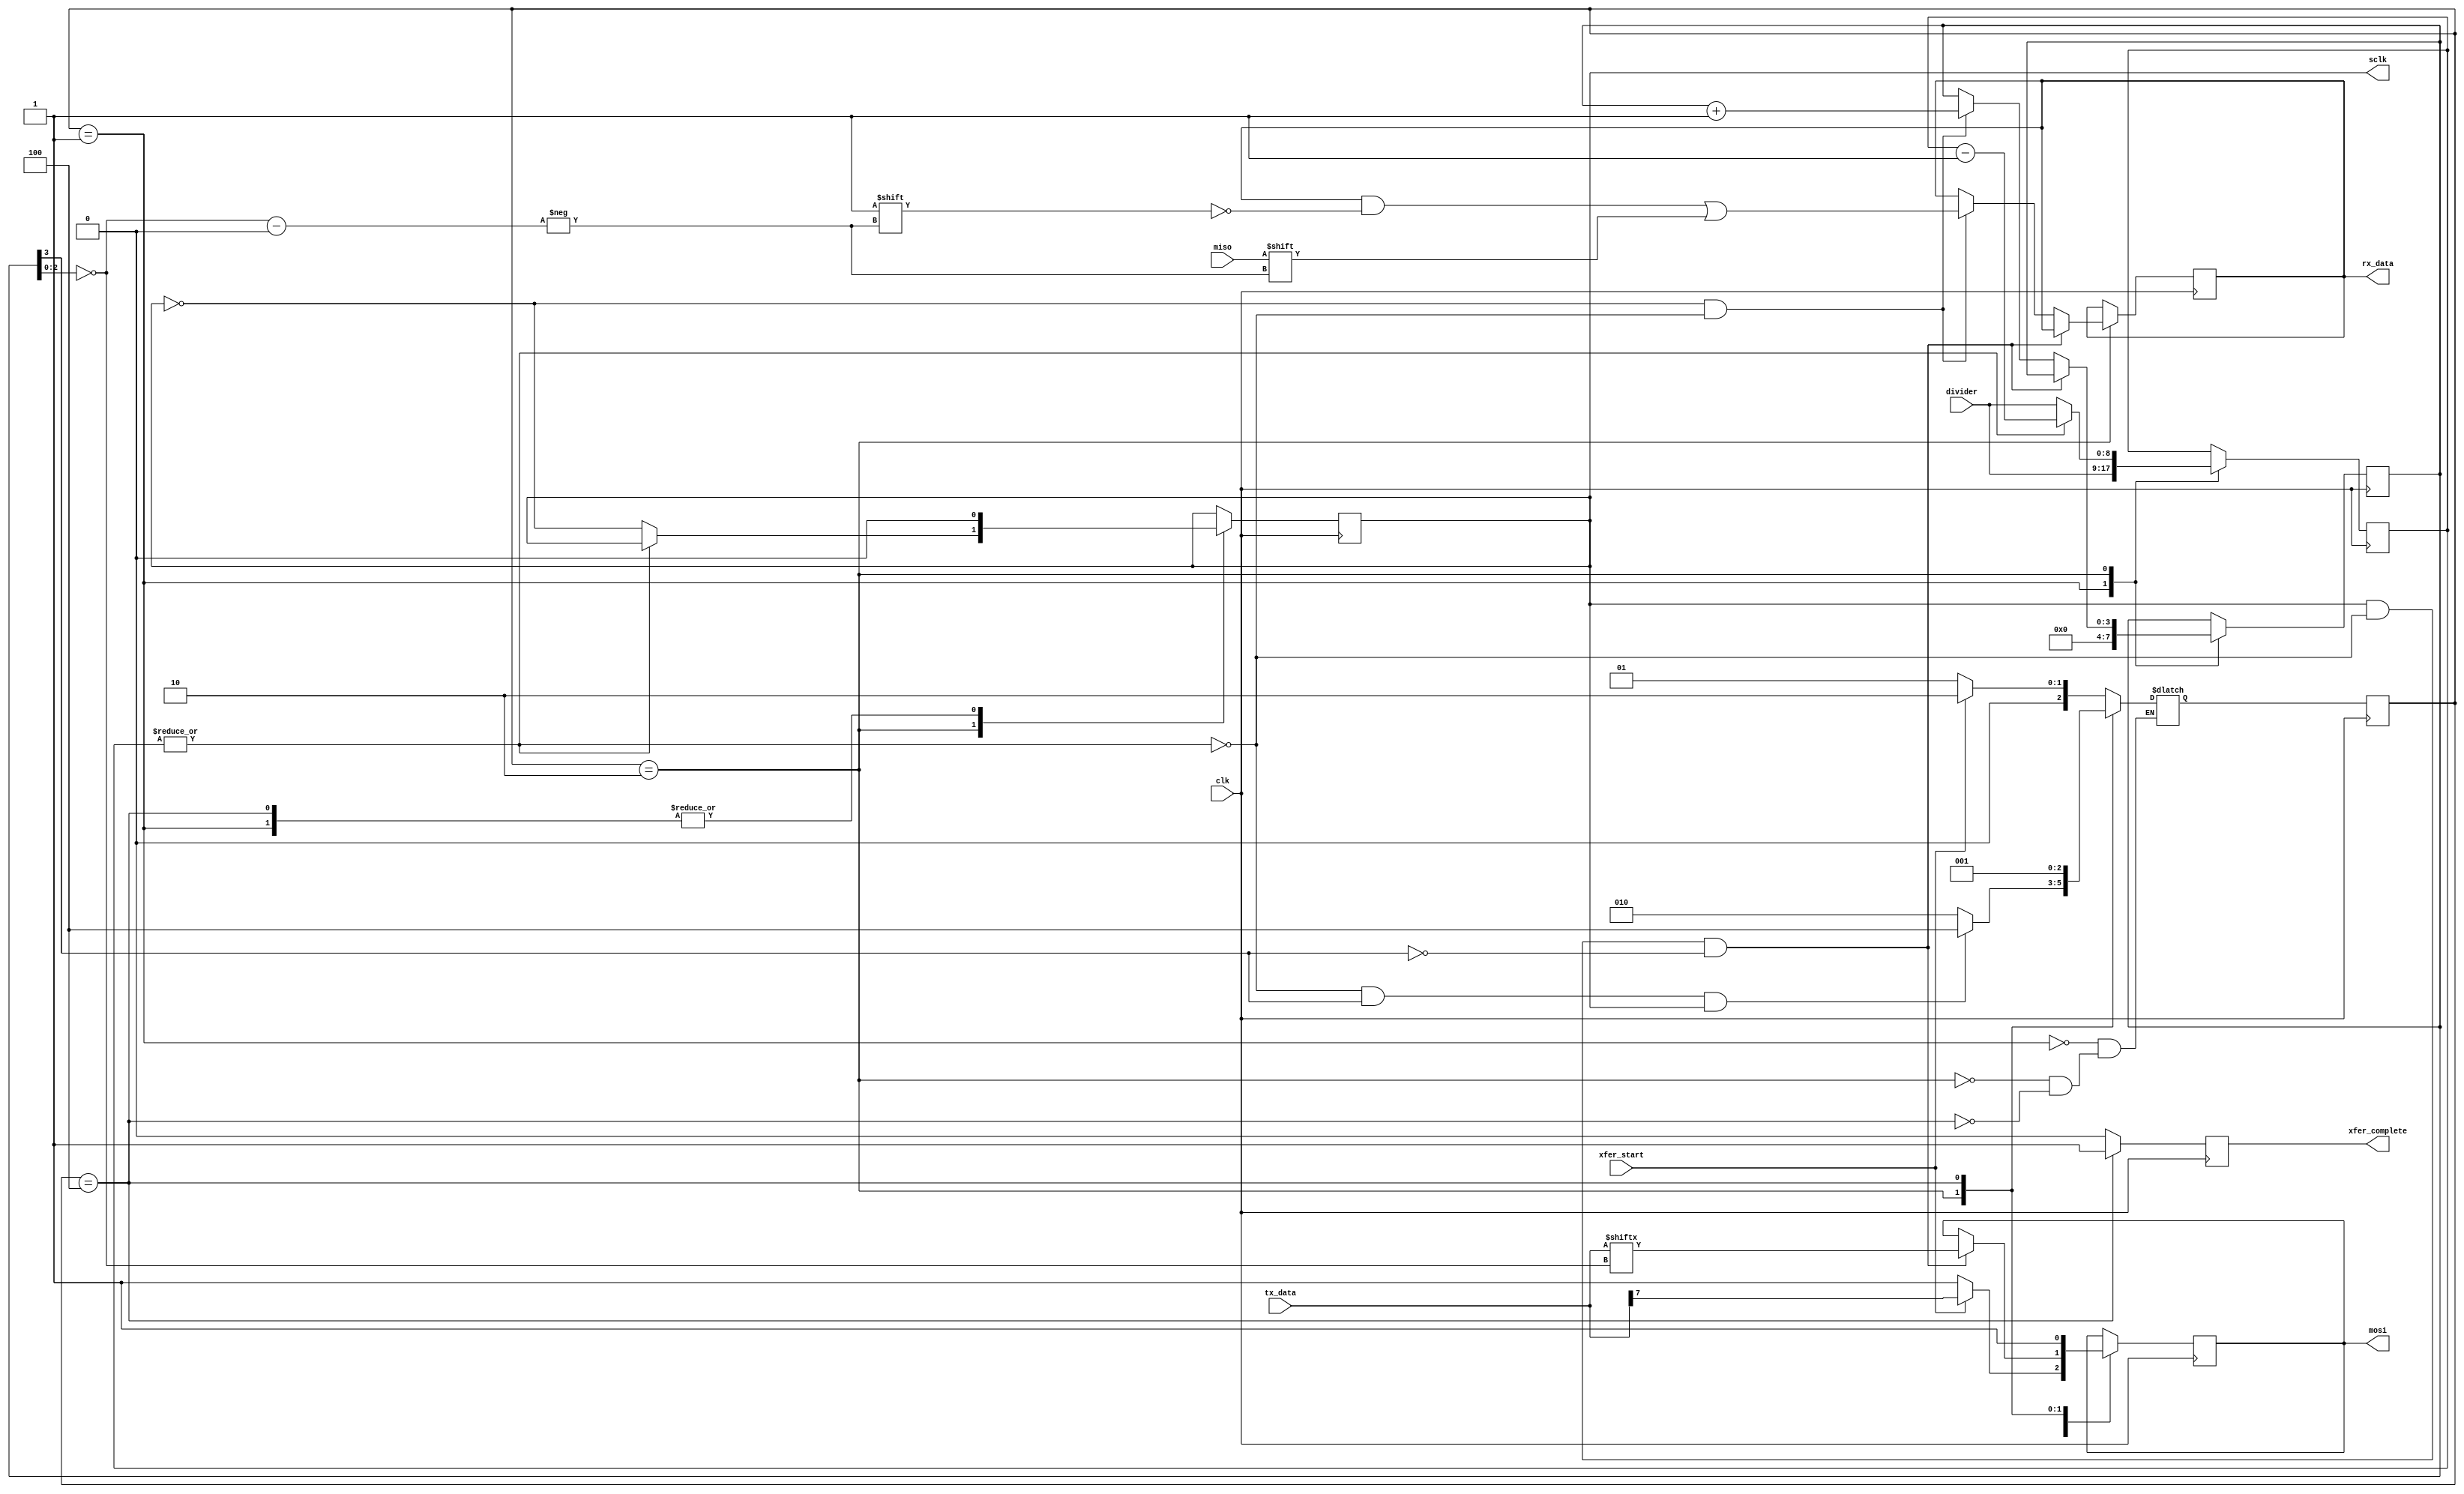
/*
 * Integration:
 *
 *  - spisequencer:
 *    - block ram containing tx bytes + receive buffer, overwrite tx bytes
 *    with receive bytes
 *    - sequencer has a state machine to perform the required number of byte
 *    transfers.
 *
 * - spicontroller:
 *   - integrates spisequencer and provides memory mapped interface.
 *   - outputs chip selects to outside.
 */

/*
 * Simple SPI master.  Chip selects are provided at a higher level, other
 * signals are generated internally.
 *
 * Operates in SPI mode 0.
 *
 * Transfer starts on low->high transition of xfer_start, xfer_complete goes
 * high when a byte transfer has completed.
 *
 * tx_data is transmitted LSB first onto mosi, data is shifted into rx_data
 * from miso.
 */
module spimaster(input wire		clk,
		 /* Control signals. */
		 input wire [8:0]	divider,
		 input wire		xfer_start,
		 output reg		xfer_complete,
		 input wire [7:0]	tx_data,
		 output reg [7:0] 	rx_data,
		 /* SPI signals. */
		 input wire		miso,
		 output reg		mosi,
		 output reg		sclk);

reg [8:0]	clk_counter = 9'b0;

reg [3:0]	xfer_bit = 4'b0;

wire		sclk_rising = ~sclk & ~|clk_counter;
wire		sclk_falling = sclk & ~|clk_counter;

localparam	STATE_IDLE	= 3'b001;
localparam	STATE_XFER	= 3'b010;
localparam	STATE_COMPLETE	= 3'b100;

reg [2:0]	state = STATE_IDLE;
reg [2:0]	next_state = STATE_IDLE;

initial begin
	sclk = 1'b0;
	rx_data = 8'b0;
	mosi = 1'b1;
	xfer_complete = 1'b0;
end

always @(*) begin
	case (state)
	STATE_IDLE: begin
		next_state = xfer_start ? STATE_XFER : STATE_IDLE;
	end
	STATE_XFER: begin
		if (~|clk_counter && xfer_bit[3] && sclk)
			next_state = STATE_COMPLETE;
		else
			next_state = STATE_XFER;
	end
	STATE_COMPLETE: begin
		next_state = STATE_IDLE;
	end
	default: ;
	endcase
end

always @(posedge clk) begin
	xfer_complete <= 1'b0;

	case (state)
	STATE_IDLE: begin
		mosi <= xfer_start ? tx_data[7] : 1'b1;
		xfer_bit <= 4'b0;
	end
	STATE_XFER: begin
		if (sclk_falling && ~xfer_bit[3])
			mosi <= tx_data[~xfer_bit[2:0]];
		else if (sclk_rising) begin
			xfer_bit <= xfer_bit + 1'b1;
			rx_data[~xfer_bit[2:0]] <= miso;
		end
	end
	STATE_COMPLETE: begin
		xfer_complete <= 1'b1;
		mosi <= 1'b1;
	end
	default: ;
	endcase
end

always @(posedge clk) begin
	case (state)
	STATE_IDLE: begin
		sclk <= 1'b0;
		clk_counter <= divider;
	end
	STATE_XFER: begin
		clk_counter <= clk_counter - 1'b1;
		if (~|clk_counter) begin
			clk_counter <= divider;
			sclk <= ~sclk;
		end
	end
	STATE_COMPLETE: begin
		sclk <= 1'b0;
	end
	default: ;
	endcase
end

always @(posedge clk)
	state <= next_state;

endmodule